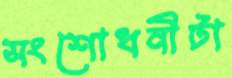
সংশোধনীটা